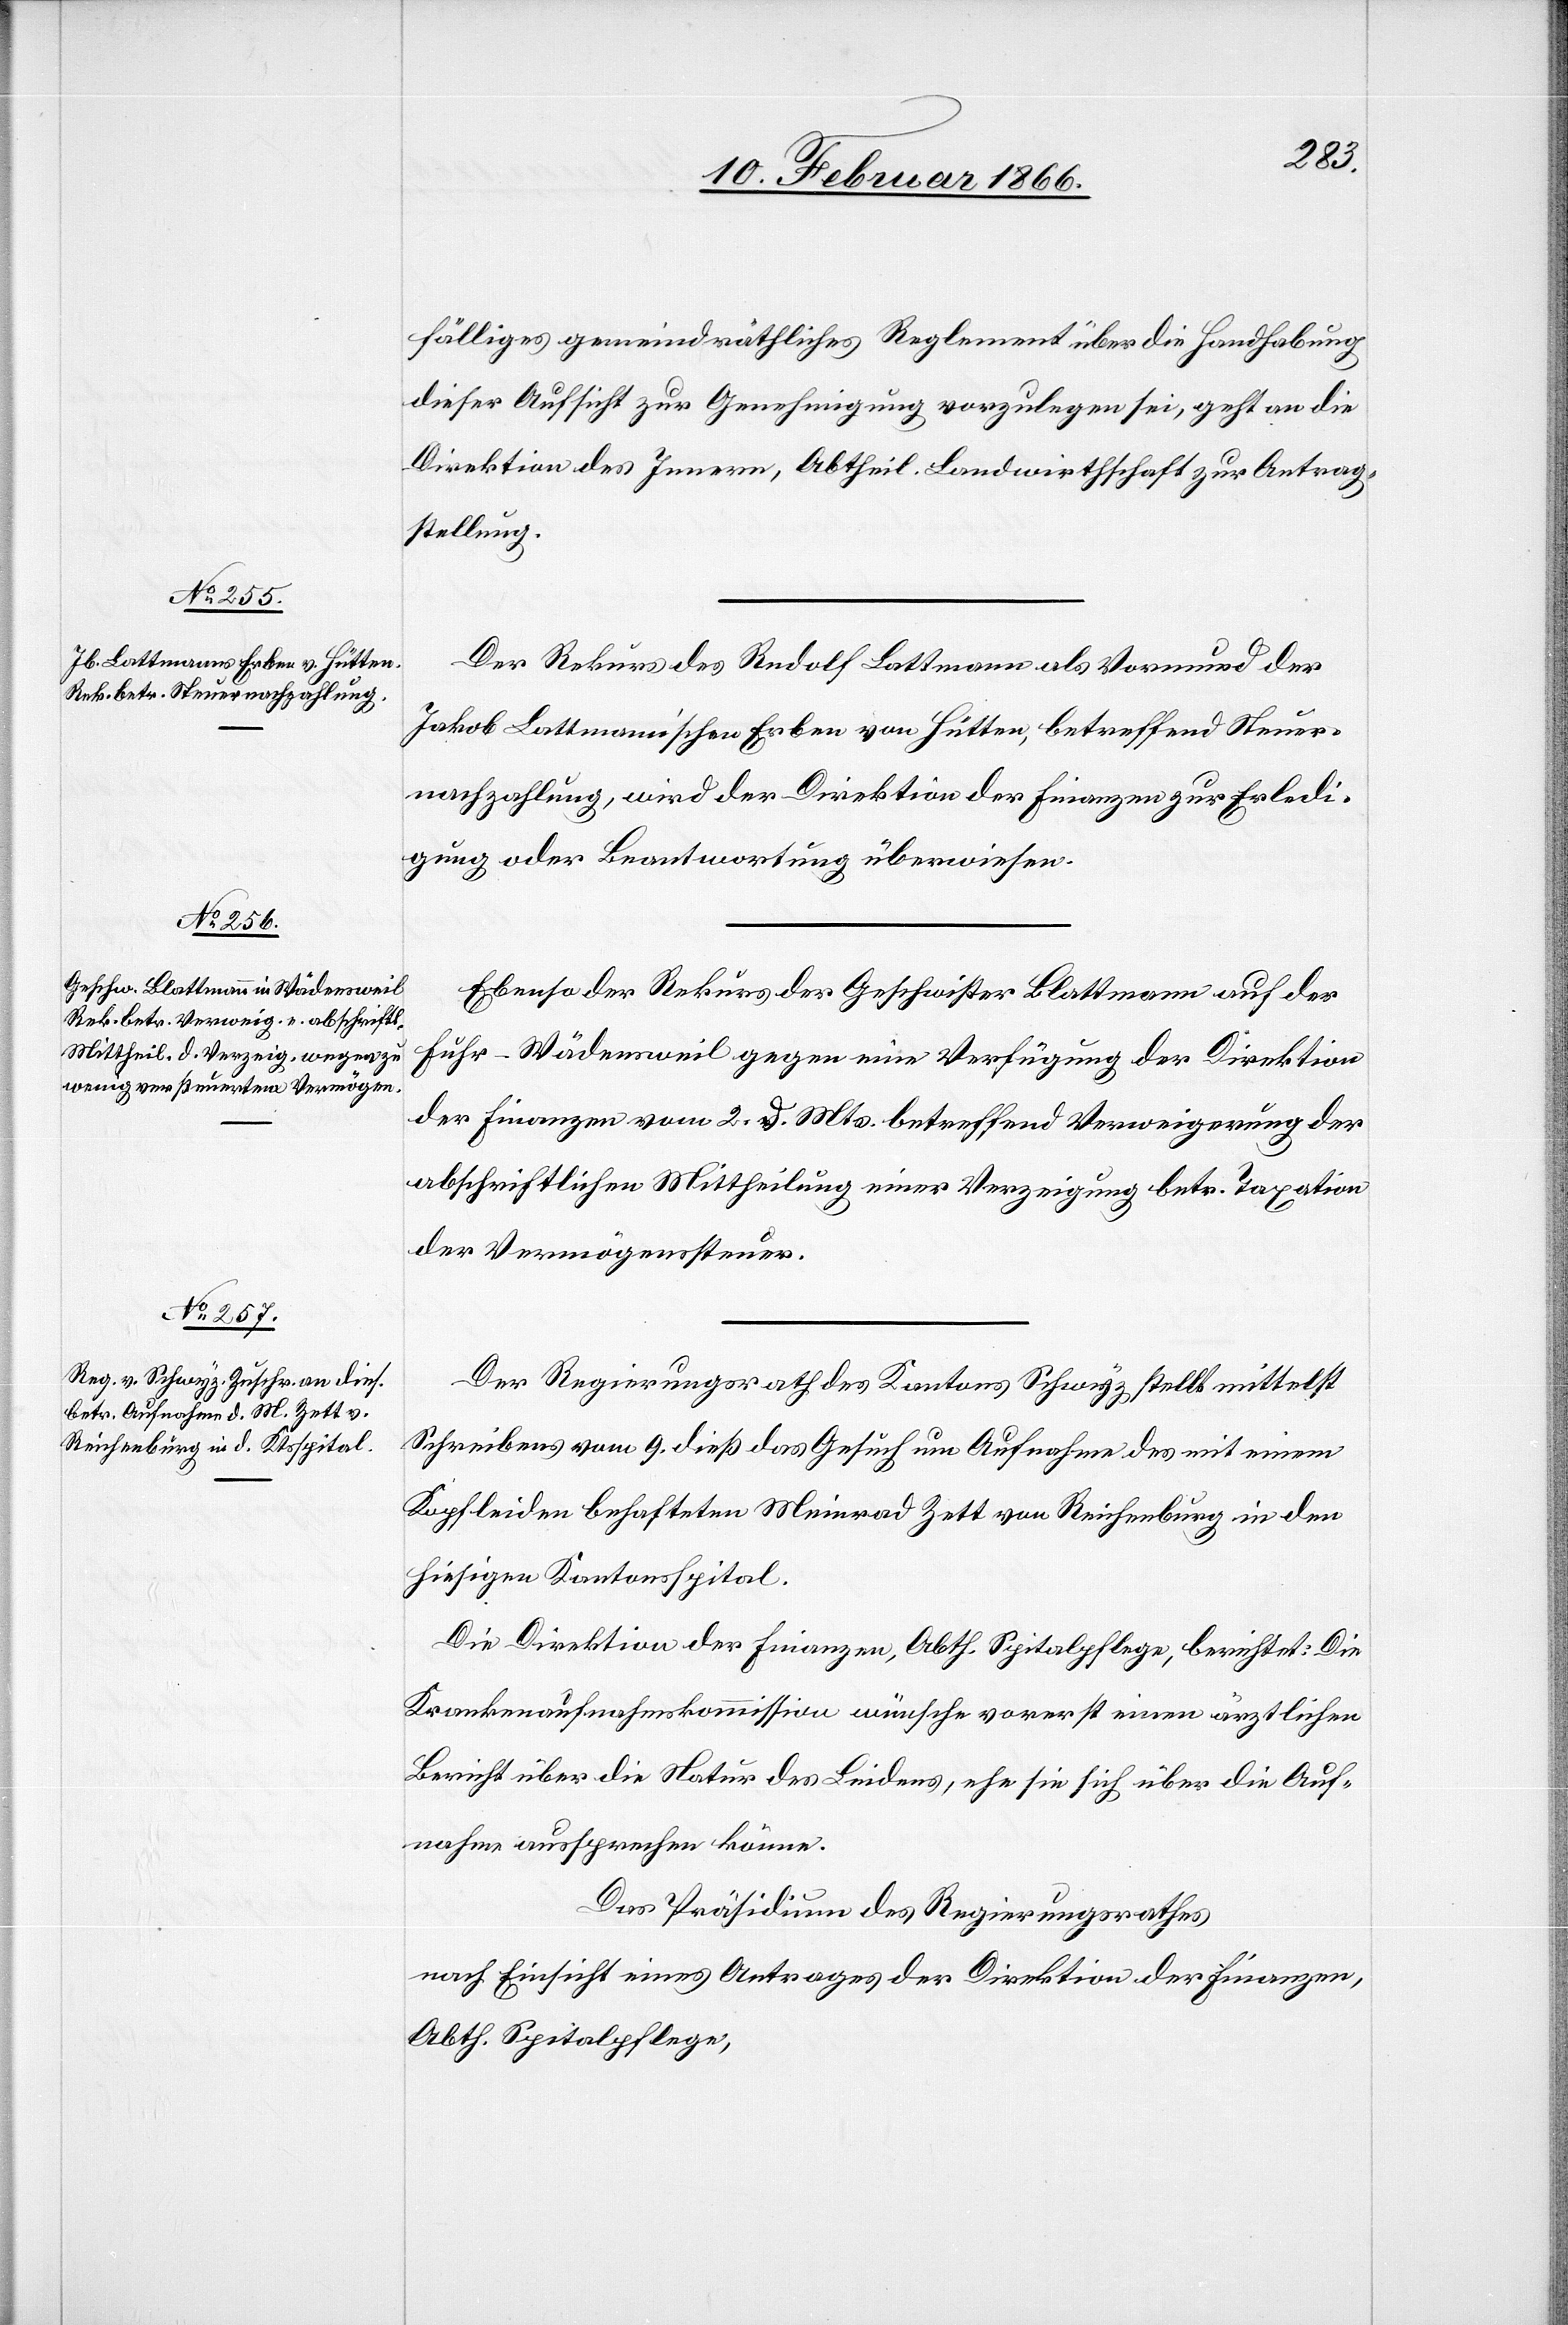
17. Februar 1866.]
fälliges gemeindräthliches Reglement über die Handhabung
dieser Aufsicht zur Genehmigung vorzulegen sei, geht an die
Direktion des Innern, Abtheil. Landwirthschaft zur Antrag¬
stellung.
Der Rekurs des Rudolf Lottmann als Vormund der
Jakob Lottmann’schen Erben von Hütten, betreffend Steuer¬
nachzahlung, wird der Direktion der Finanzen zur Erledi¬
gung oder Beantwortung überwiesen.
Ebenso der Rekurs der Geschwister Blattmann auf der
Fuhr - Wädensweil gegen eine Verfügung der Direktion
der Finanzen vom 2. d. Mts. betreffend Verweigerung der
abschriftlichen Mittheilung einer Verzeigung betr. Taxation
der Vermögenssteuer.
Der Regierungsrath des Kantons Schwyz stellt mittelst
Schreibens vom 9. dieß das Gesuch um Aufnahme des mit einem
Kopfleiden behafteten Meinrad Zett von Reichenburg in den
hiesigen Kantonsspital.
Die Direktion der Finanzen, Abth. Spitalpflege, berichtet: Die
Krankenaufnahmekommission wünsche vorerst einen ärztlichen
Bericht über die Natur des Leidens, ehe sie sich über die Auf¬
nahme aussprechen könne.
Das Präsidium des Regierungsrathes,
nach Einsicht eines Antrages der Direktion der Finanzen,
Abth. Spitalpflege,